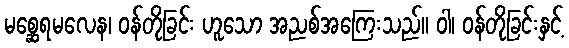
မစ္ဆေရမလေန၊ ဝန်တိုခြင်း ဟူသော အညစ်အကြေးသည်။ ဝါ၊ ဝန်တိုခြင်းနှင့်